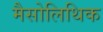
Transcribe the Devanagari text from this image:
मैसोलिथिक